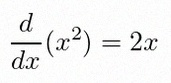
\frac{d}{dx}(x^2)=2x